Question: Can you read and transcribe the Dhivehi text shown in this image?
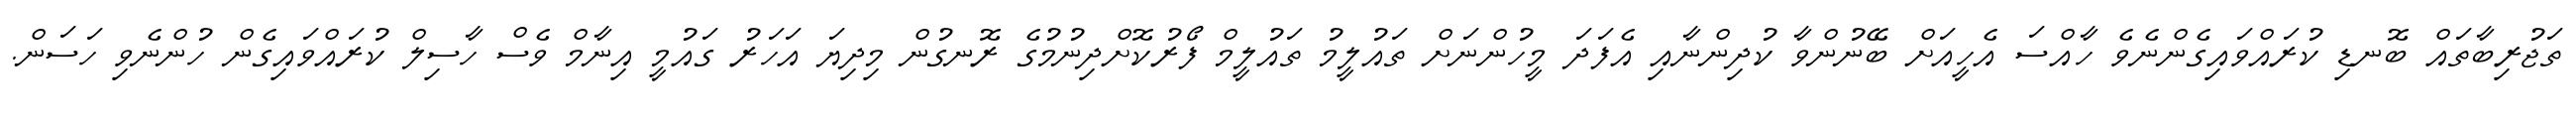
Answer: ތަޖުރިބާތައް ބޮނޑި ކުރައްވައިގެންނެވެ ހާއްސަ އެހީއަށް ބޭނުންވާ ކުދިންނާއި އެފަދަ މީހުންނަށް ތައުލީމު ތައުލީމް ފޯރުކޮށްދިނުމުގެ ރޮނގުން މިދިޔަ އަހަރު ގައުމީ އިނާމް ވެސް ހާސިލް ކުރައްވައިގެން ހުންނެވި ހަސަން.